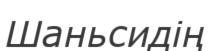
Шаньсидің